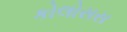
કોલોસસ